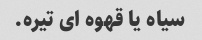
سیاه یا قهوه ای تیره.